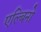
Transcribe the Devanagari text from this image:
एल्बिनो